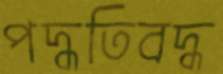
পদ্ধতিবদ্ধ